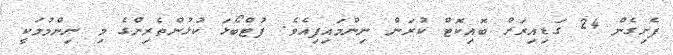
ފެށިގެން 24 ގަޑިއިރަށް ބޮއިކޮޓް ކުރަން ނިންމައިފިއެވެ. ފުޓްބޯޅަ ކުޅުންތެރިންގެ މި ނިންމުމަކީ